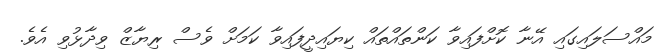
މައްސަލައިގައި އޭނާ ކޮށްފައިވާ ކަންތައްތައް ކިޔައިދީފައިވާ ކަމަށް ވެސް ރިޔާޒް ވިދާޅުވި އެވެ.